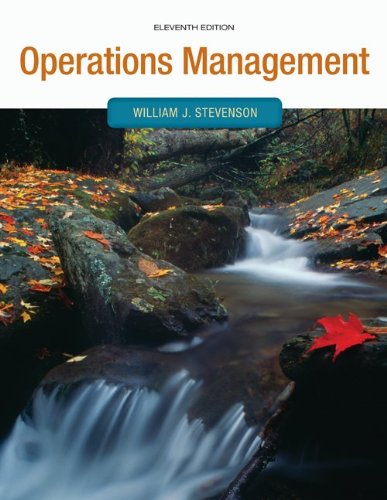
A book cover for Operations Management with Connect Plus; William Stevenson; Business & Money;